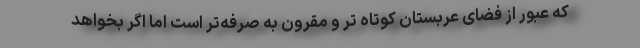
که عبور از فضای عربستان کوتاه تر و مقرون به صرفه‌تر است اما اگر بخواهد